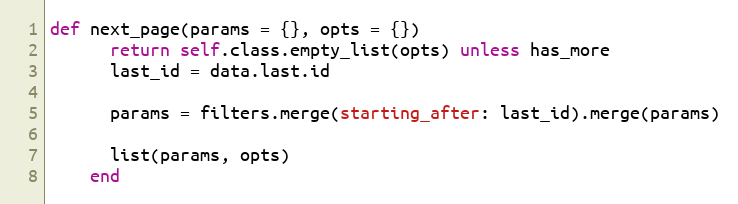
Language: Ruby
def next_page(params = {}, opts = {})
      return self.class.empty_list(opts) unless has_more
      last_id = data.last.id

      params = filters.merge(starting_after: last_id).merge(params)

      list(params, opts)
    end